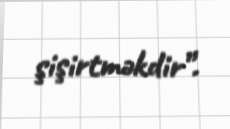
şişirtməkdir”.